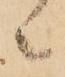
々